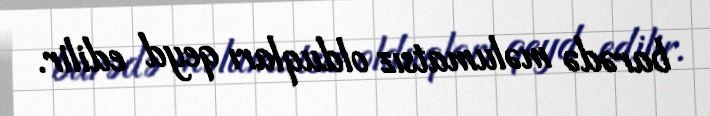
barədə məlumatsız olduqları qeyd edilir.